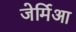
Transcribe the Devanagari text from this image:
जेर्मिआ